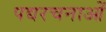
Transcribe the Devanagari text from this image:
पद्यरचनाओं